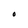
Character: O